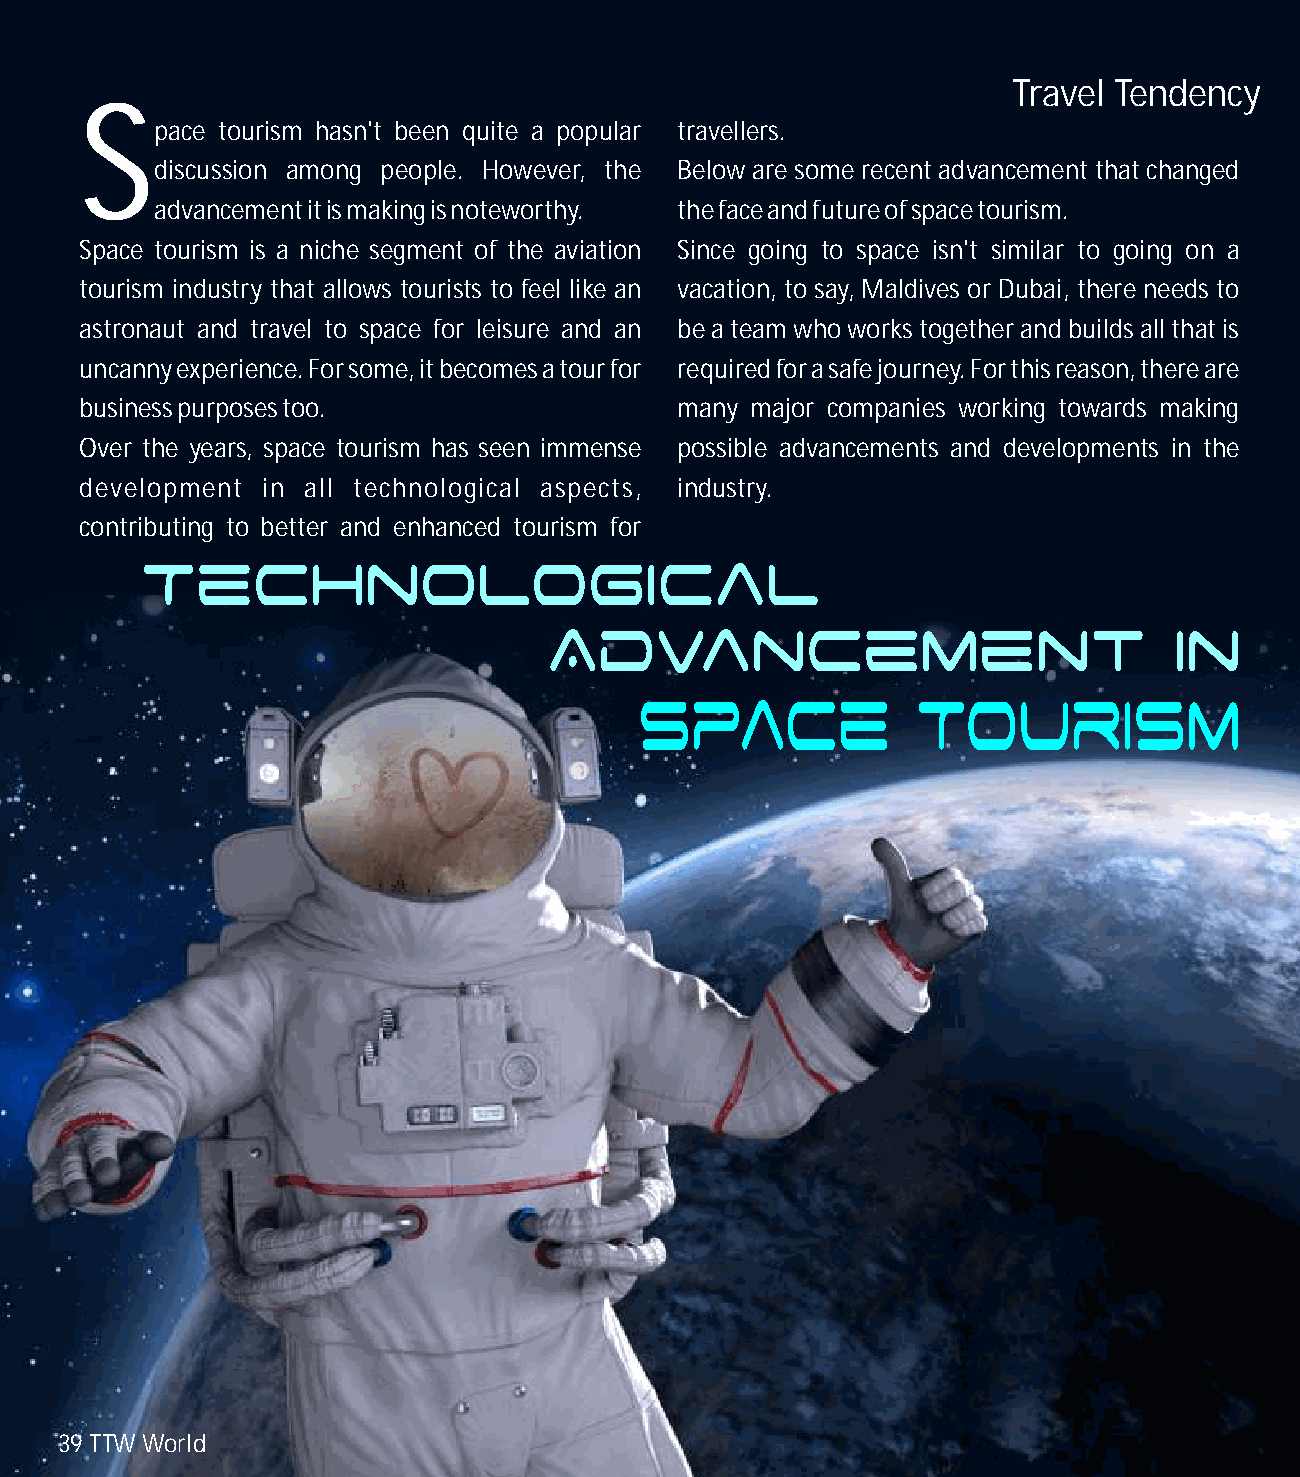
Travel Tendency
 S
 pace tourism hasn't been quite a popular travellers.
 discussion among people. However, the Below are some recent advancement that changed
 advancement it is making is noteworthy. the face and future of space tourism.
 Space tourism is a niche segment of the aviation Since going to space isn't similar to going on a
 tourism industry that allows tourists to feel like an vacation, to say, Maldives or Dubai, there needs to
 astronaut and travel to space for leisure and an be a team who works together and builds all that is
 uncanny experience. For some, it becomes a tour for required for a safe journey. For this reason, there are
 business purposes too.                  many major companies working towards making
 Over the years, space tourism has seen immense possible advancements and developments in the
 development in all technological aspects, industry.
 contributing to better and enhanced tourism for
 39 TTW World